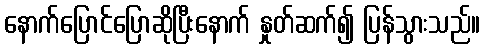
နောက်ပြောင်ပြောဆိုပြီးနောက် နှုတ်ဆက်၍ ပြန်သွားသည်။